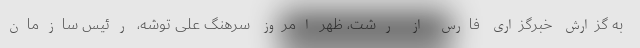
به گزارش خبرگزاری فارس از رشت، ظهر امروز سرهنگ علی توشه، رئیس سازمان